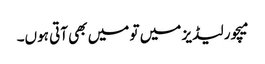
میچور لیڈیز میں تو میں بھی آتی ہوں۔